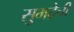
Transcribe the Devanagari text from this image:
सुभद्रेची